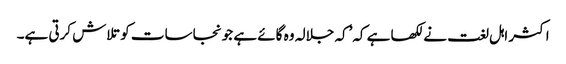
اکثر اہل لغت نے لکھا ہے کہ’کہ جلالہ وہ گائے ہے جو نجاسات کو تلاش کرتی ہے۔